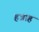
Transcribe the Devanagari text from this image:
हन्नाह